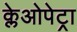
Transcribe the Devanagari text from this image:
क्लेओपेट्रा